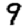
Digit: 9